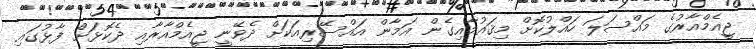
ޖީއެމްއާރުގެ މައްސަލަ ހައްލުކޮށް މިޤައުމާއިގެން އަމާން އައްސޭރިއަކަށް ދެވޭނީ ޖީއެމްއާރާއި ދެކޮޅަށް ފާޅުގައި